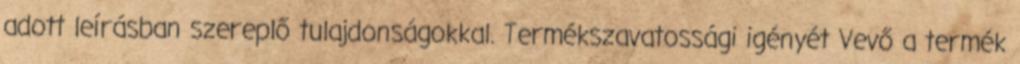
adott leírásban szereplő tulajdonságokkal. Termékszavatossági igényét Vevő a termék